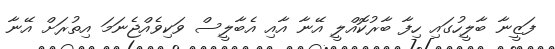
ފަޒީނާ ބާލީހުގައި ހިފާ ބާރުކޮއްލީ އޭނާ އާއި އެބާލީސް ވަކިވެއްޖެނަމަ އިތުރަށް އޭނާ